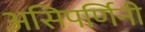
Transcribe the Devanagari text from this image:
असिपर्णिनी